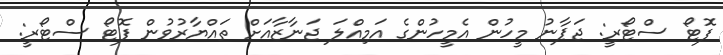
ފޮޓޯ ސްޓޯރީ: ޖަޕާނު މީހުން އެމީހުންގެ އަމިއްލަ ޖަނާޒާއަށް ތައްޔާރުވުން ފޮޓޯ ސްޓޯރީ: